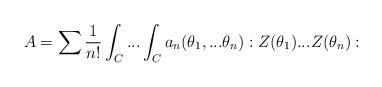
LaTeX: \begin{align*}A=\sum \frac{1}{n!}\int_{C}...\int_{C}a_{n}(\theta _{1},...\theta_{n}):Z(\theta _{1})...Z(\theta _{n}): \end{align*}